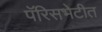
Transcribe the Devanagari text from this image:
पॅरिसभेटीत